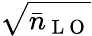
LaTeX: \sqrt{\bar{n}_{\mathrm{~L~O~}}}